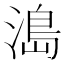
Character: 𰜬